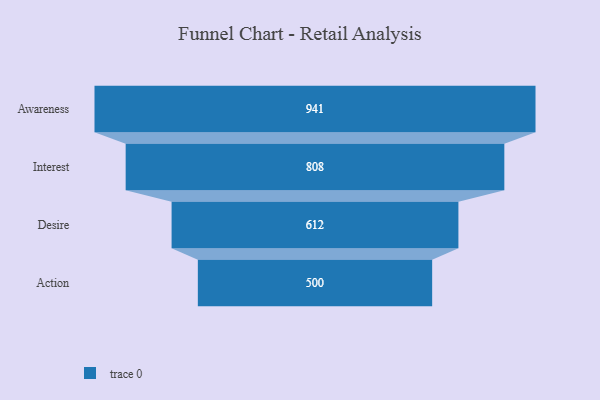
{"axis": {"x": "Stage", "y": "Value"}, "legend": [""], "data": [{"x": "Awareness", "y": 941.0, "type": ""}, {"x": "Interest", "y": 808.0, "type": ""}, {"x": "Desire", "y": 612.0, "type": ""}, {"x": "Action", "y": 500, "type": ""}]}